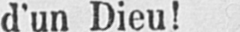
d’un Dieu!